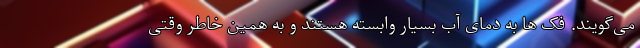
می‌گویند. فک ها به دمای آب بسیار وابسته هستند و به همین خاطر وقتی